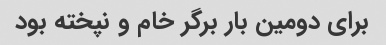
برای دومین بار برگر خام و نپخته بود